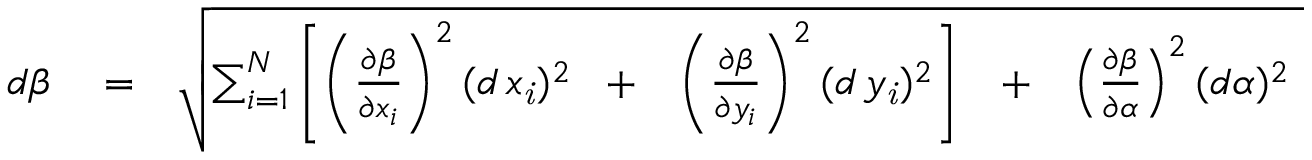
\begin{array} { r l r } { d \beta } & { { } = } & { \sqrt { \sum _ { i = 1 } ^ { N } \left[ \left( { \frac { \partial \beta } { \partial \/ x _ { i } } } \right) ^ { 2 } ( d \, x _ { \it \/ i } ) ^ { 2 } \mathrm { ~ \, ~ + ~ \, ~ } \left( { \frac { \partial \beta } { \partial \/ y _ { i } } } \right) ^ { 2 } ( d \, y _ { \it \/ i } ) ^ { 2 } \right] \mathrm { ~ \, ~ + ~ \, ~ } \left( { \frac { \partial \beta } { \partial \alpha } } \right) ^ { 2 } ( d \alpha ) ^ { 2 } \ } } \end{array}